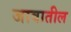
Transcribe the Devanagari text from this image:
जावातील